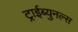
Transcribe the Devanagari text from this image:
ट्राईब्युनल्स